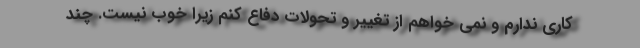
کاری ندارم و نمی خواهم از تغییر و تحولات دفاع کنم زیرا خوب نیست. چند